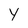
Character: Y